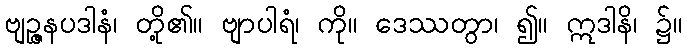
ဗျဉ္ဇနပဒါနံ၊ တို့၏။ ဗျာပါရံ၊ ကို။ ဒေဿတွာ၊ ၍။ ဣဒါနိ၊ ၌။